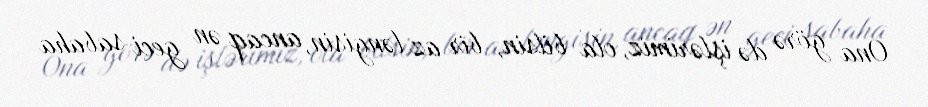
Ona görə də işlərimiz, ola bilsin, bir az ləngisin, ancaq ən geci sabaha